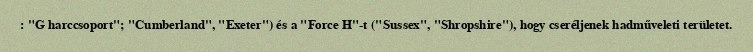
: "G harccsoport"; "Cumberland", "Exeter") és a "Force H"-t ("Sussex", "Shropshire"), hogy cseréljenek hadműveleti területet.